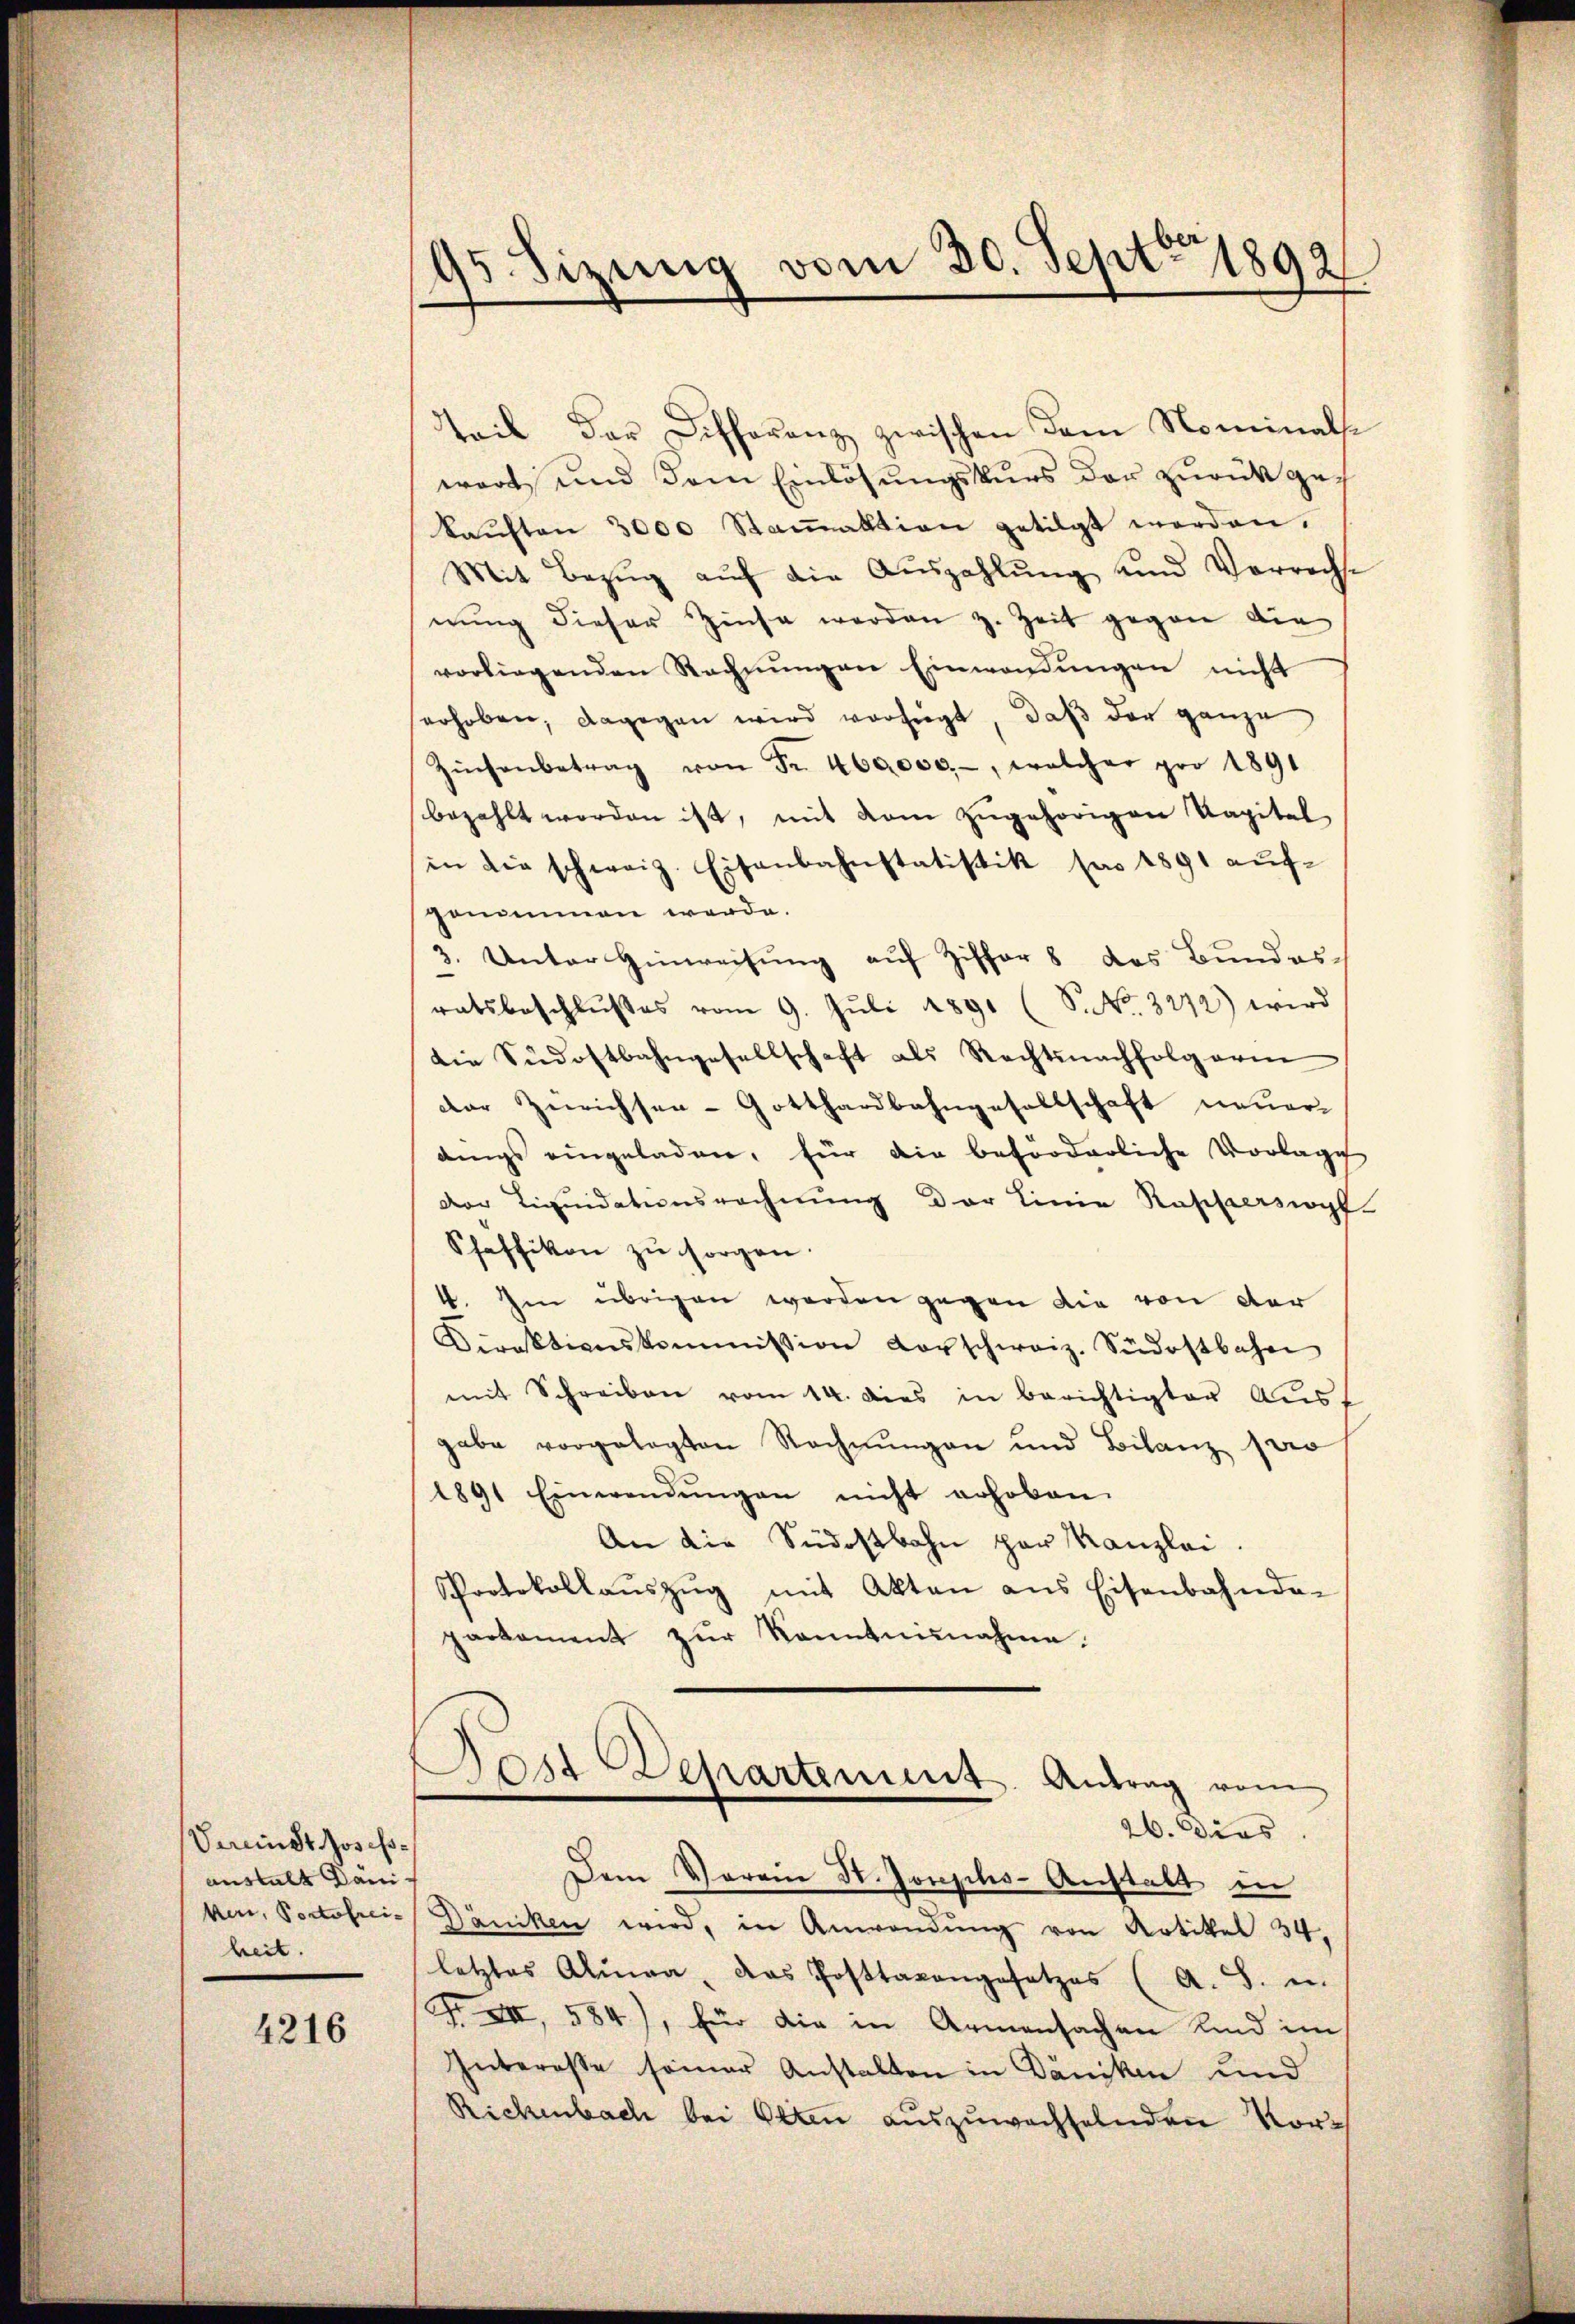
Vermit Josefsaushalt Däniker, Portofrei-
heit.

4216

95 Sizung vom 30. Sept. 1892

tteil der Differenz zwischen dem Nominalse
wart und dem Einlösungskurs der zurückgekaŭften 3000 Stanaktion getilgt worden.
Mit Bezug auf die Auszahlung und Vorrechse
nung dieser Zinse werden z. Zeit gegen die
vorliegenden Rechnŭngen Einwendungen nicht
erhoben, dagegen wird verfügt, daß der ganze
Zinsenbetrag von Fr. 460000.-, welcher pro 1891
bezahlt worden ist, mit vom zŭgehörigen Kapital
in die schweiz. Eisenbahnstatistik pro 1891 aŭf-
gonimmen werde.
3. Unter Hinweisung auf Ziffer 8 das Bundesratsbeschlußes vom 9. Juli 1891 (S. Nr. 3272) wird
die Südostbahngesellschaft als Rechtsnachfolg arm
der Zürichsen-Gotthardbahngesellschaft neuer-
dings eingeladen, für die beförderliche Vorlage
der Liquidationsrechnung der Linie Rappersopf-
Schaffikon zu sorgen.
4. Im übrigen werden gegen die von der
Direktionskommission vorschweiz. Südostbahn
mit Schreiben vom 14. dies in berichtigter Aust
gabe vorgelegten Rechnungen und Bilanz sero
1891 Einwendŭngen nicht erhoben.
An die Südostbahn par Kanzlei
Protokollaŭszŭg mit Akten ans Eisenbahnda-
partement zŭr Kenntnisnahme.
Jost Departement. Antrag vom
26. Dies
Dem Verein St. Jouphs-Anstalt in
Däncken wird, in Anwendŭng von Kotikel 34
letztes Alina, das Posttaxangesetzes (A. S. u.
 XII, 584), für die in Armensachen Kind im
Interesse seiner Anstalten in Däniken und
Rickenbach bei Otten auszuwechselnden Vor¬